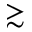
\gtrsim